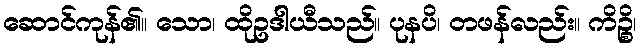
ဆောင်ကုန်၏။ သော၊ ထိုဥဒါယီသည်။ ပုနပိ၊ တဖန်လည်း။ ကိဉ္စိ၊